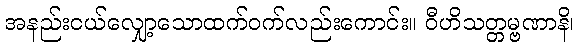
အနည်းငယ်လျှော့သောထက်ဝက်လည်းကောင်း။ ဝီဟိသတ္တမ္ဗဏာနိ၊